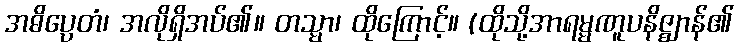
အဓိပ္ပေတံ၊ အလိုရှိအပ်၏။ တသ္မာ၊ ထိုကြောင့်။ (ထိုသို့အာရမ္မဏူပနိဇ္ဈာန်၏